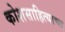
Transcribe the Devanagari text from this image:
कोशसाहित्याचा